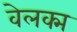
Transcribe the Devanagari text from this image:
वेलक्म